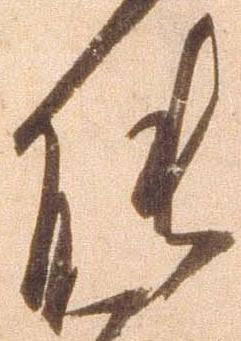
能